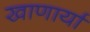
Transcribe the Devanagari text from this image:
खाणार्या